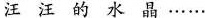
汪汪的水晶…